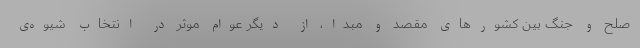
صلح و جنگ بین کشورهای مقصد و مبدا، از دیگر عوام موثر در انتخاب شیوه‌ی